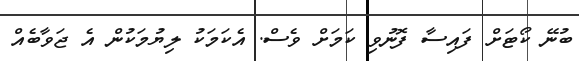
ބުނޭ ކޯޓަށް ފައިސާ ފޮނުވި ކަމަށް ވެސް. އެކަމަކު ލިޔުމަކުން އެ ޖަވާބެއް